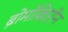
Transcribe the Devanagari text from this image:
ब्रोमोक्रिप्टीन